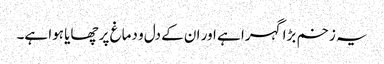
یہ زخم بڑا گہرا ہے اور ان کے دل و دماغ پر چھایا ہوا ہے۔